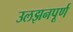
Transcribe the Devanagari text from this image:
उलझनपूर्ण